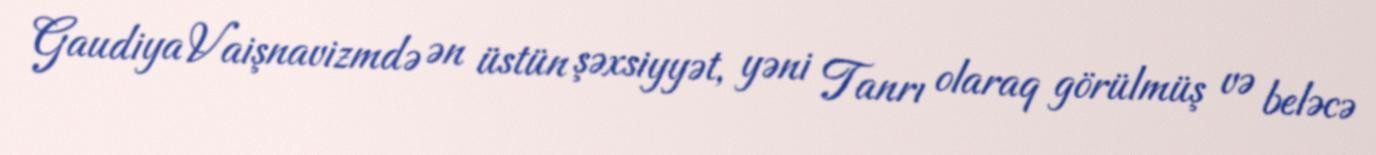
Gaudiya Vaişnavizmdə ən üstün şəxsiyyət, yəni Tanrı olaraq görülmüş və beləcə